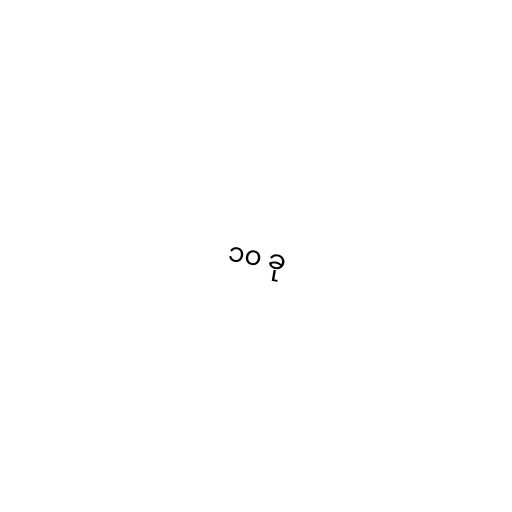
၁၀ ခု